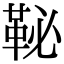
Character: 䩛